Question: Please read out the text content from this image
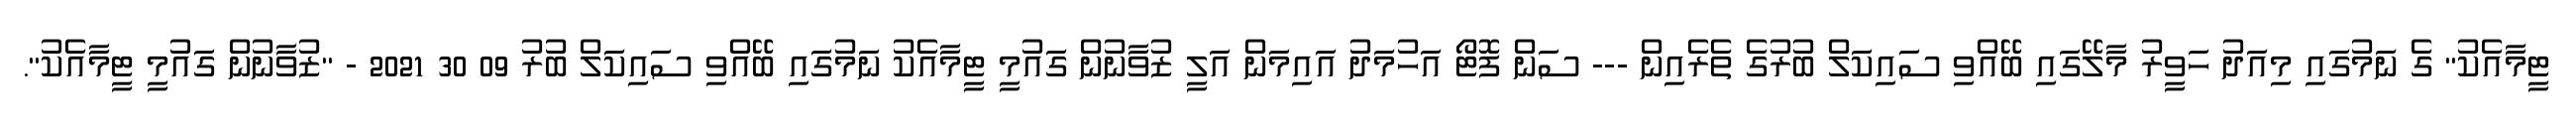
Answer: ޓީމާއެކު" ގެ ނަމުގައި މިއަދު ހަވީރު މާލޭގައި ބޭއްވި ސައިކަލް ބުރުގެ ތެރެއިން --- ސަން ފޮޓޯ އަހުމަދު އައިމަން އަލީ ޒުވާނުން ގައުމީ ޓީމާއެކު ނަމުގައި ބޭއްވި ސައިކަލް ބުރު 09 30 2021 - "ޒުވާނުން ގައުމީ ޓީމާއެކު".